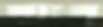
স্যাস